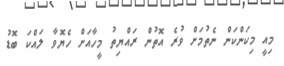
މިއީ މިކަންކަން ނެތުމަށް ވުރެ އޮތުން ރައްޔިތު މީހާއަށް ހެޔޮވާ ލައްކަ ބޮޑު